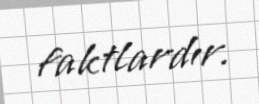
faktlardır.